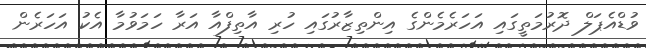
ވުޑްއެޕަލް ދޮރުމަތީގައި އަހަރެމެންގެ އިންތިޒާރުގައި ހުރި އާތިފްއާ އަރާ ހަމަވުމާ އެކު އަހަރެން